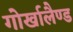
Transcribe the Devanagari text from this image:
गोर्खालैण्ड